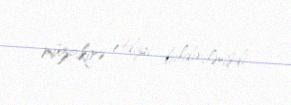
müzakirə etdiyi bildirilmişdi.